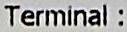
TERMINAL :